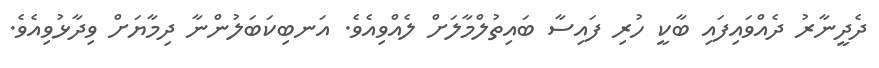
ދެދީނާރު ދެއްވައިފައި ބާކީ ހުރި ފައިސާ ބައިތުލްމާލަށް ލެއްވިއެވެ. އަނބިކަބަލުންނާ ދިމާޔަށް ވިދާޅުވިއެވެ.